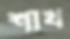
শাখ